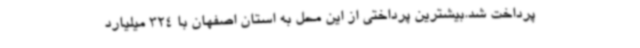
پرداخت شد.بیشترین پرداختی از این محل به استان اصفهان با 324 میلیارد